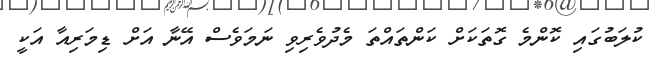
ކުލަބުގައި ކޮންމެ ގޮތަކަށް ކަންތައްތަ މެދުވެރިވި ނަމަވެސް އޭނާ އަށް ޑިމަރިއާ އަކީ